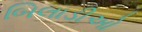
બિલાડીઓ